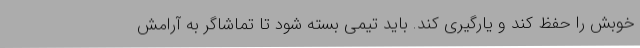
خوبش را حفظ کند و یارگیری کند. باید تیمی بسته شود تا تماشاگر به آرامش